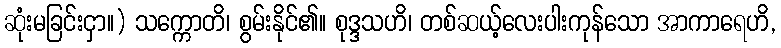
ဆုံးမခြင်းငှာ။) သက္ကောတိ၊ စွမ်းနိုင်၏။ စုဒ္ဒသဟိ၊ တစ်ဆယ့်လေးပါးကုန်သော အာကာရေဟိ,